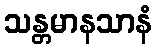
သန္တမာနသာနံ